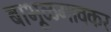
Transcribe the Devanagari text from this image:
बाभूळगावकर